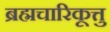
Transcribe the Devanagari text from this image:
ब्रह्मचारिकूत्तु